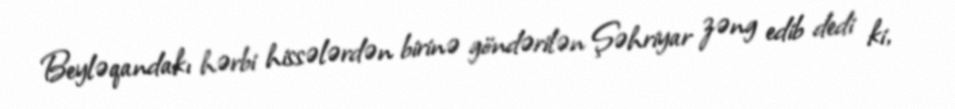
Beyləqandakı hərbi hissələrdən birinə göndərilən Şəhriyar zəng edib dedi ki,